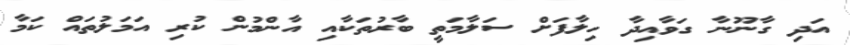
އަދި ގާނޫނާ ގަވާއިދާ ހިލާފަށް ސަލާމަތީ ބާރުތަކާއި އާންމުން ކުރި އަމަލުތައް ކަމާ